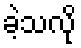
ခဲ့သလို